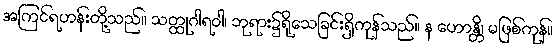
အကြင်ရဟန်းတို့သည်။ သတ္ထုဂါရဝါ၊ ဘုရား၌ရိုသေခြင်းရှိကုန်သည်။ န ဟောန္တိ၊ မဖြစ်ကုန်။